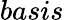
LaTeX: basis